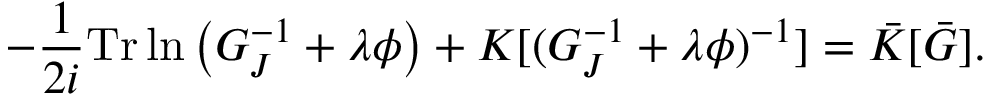
- \frac { 1 } { 2 i } \mathrm { T r } \ln \left( G _ { J } ^ { - 1 } + \lambda \phi \right) + { \cal K } [ ( G _ { J } ^ { - 1 } + \lambda \phi ) ^ { - 1 } ] = \bar { \cal K } [ \bar { G } ] .